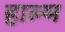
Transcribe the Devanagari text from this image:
हाल्म